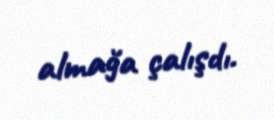
almağa çalışdı.